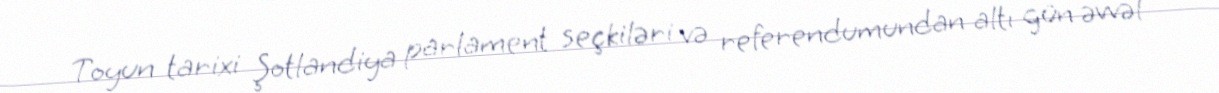
Toyun tarixi Şotlandiya parlament seçkiləri və referendumundan altı gün əvvəl